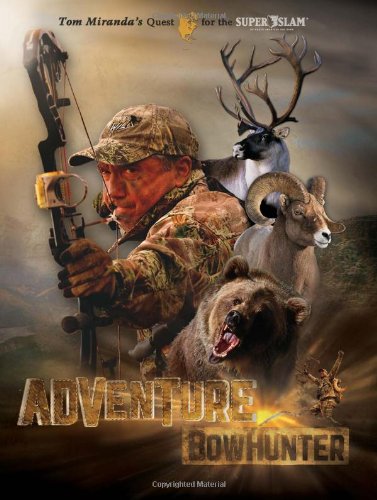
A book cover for Adventure Bowhunter: Tom Miranda's Quest for the Super Slam of North American Big Game; Tom Miranda; Sports & Outdoors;